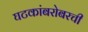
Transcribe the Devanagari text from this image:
घटकांबरोबरची